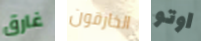
غارق الخارقون اوتو